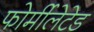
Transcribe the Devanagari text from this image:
फोर्मीलेटेड